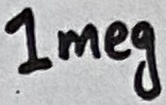
Text: 1meg